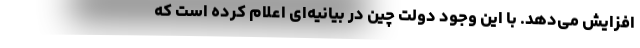
افزایش می‌دهد. با این وجود دولت چین در بیانیه‌ای اعلام کرده است که